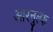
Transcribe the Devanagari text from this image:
आरनुल्फ